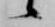
候